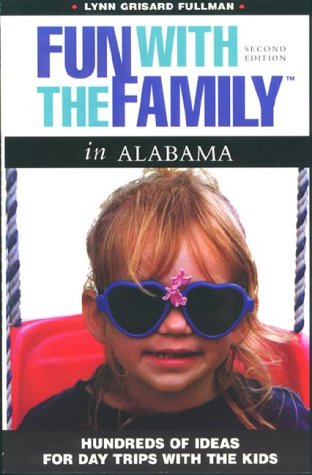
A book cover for Fun with the Family: Alabama 2nd Edition; Lynn G. Fullman; Travel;